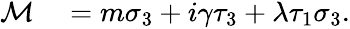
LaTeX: \begin{array}{r}{\begin{array}{rl}{\mathcal{M}}&{{}=m\sigma_{3}+i\gamma\tau_{3}+\lambda\tau_{1}\sigma_{3}.}\end{array}}\end{array}